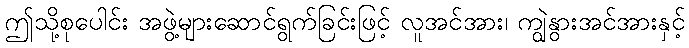
ဤသို့စုပေါင်း အဖွဲ့များဆောင်ရွက်ခြင်းဖြင့် လူအင်အား၊ ကျွဲနွားအင်အားနှင့်